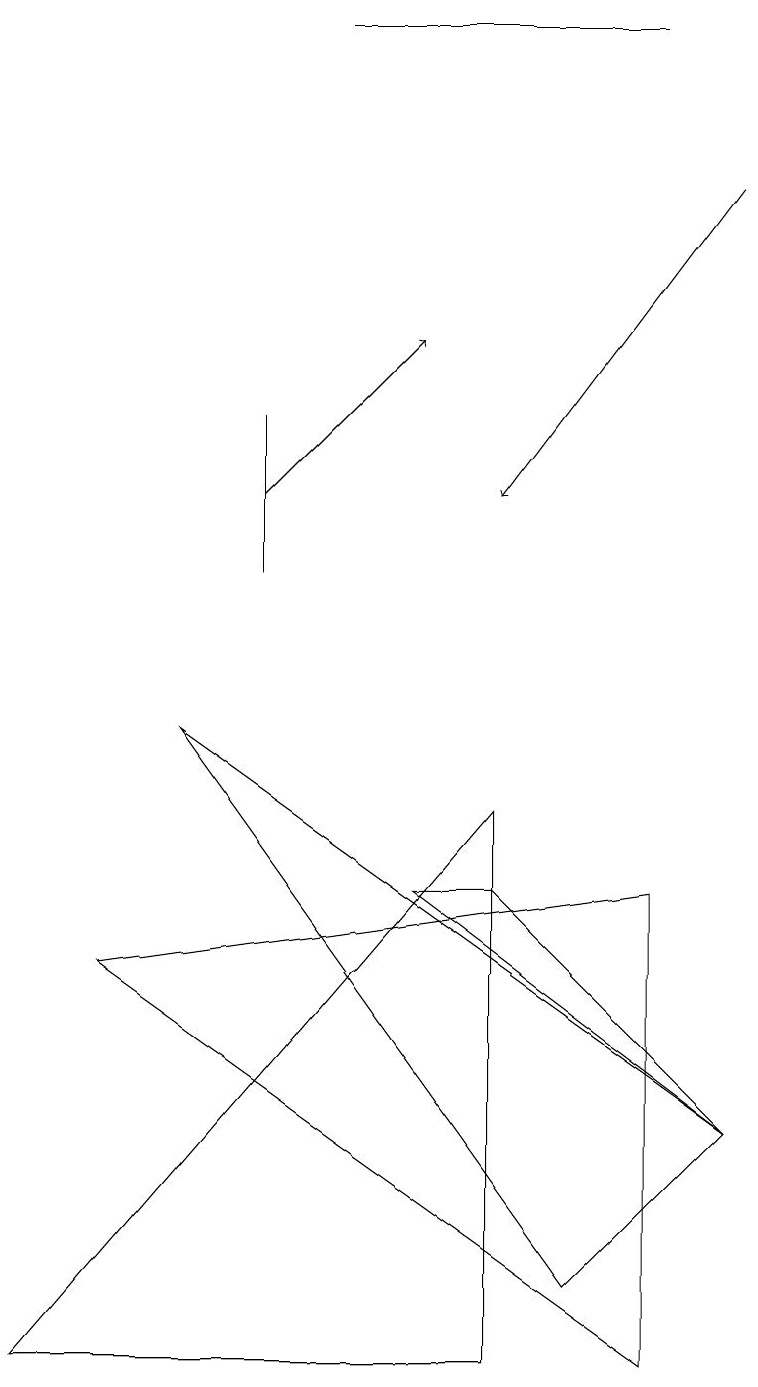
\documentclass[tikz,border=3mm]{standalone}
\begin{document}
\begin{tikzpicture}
\draw (5,7) -- (9,4) -- (6,7) -- cycle;
\draw (3,11) rectangle (3,13);
\draw (4,18) rectangle (8,18);
\draw (6,8) -- (6,1) -- (0,1) -- cycle;
\draw (1,6) -- (8,7) -- (8,1) -- cycle;
\draw[->] (9,16) -- (6,12);
\draw (7,2) -- (2,9) -- (9,4) -- cycle;
\draw[->] (3,12) -- (5,14);
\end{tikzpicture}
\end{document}